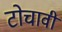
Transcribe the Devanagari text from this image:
टोचावी